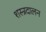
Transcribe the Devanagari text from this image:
शस्त्रदालन